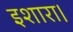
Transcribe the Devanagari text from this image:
इशारा।